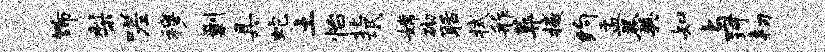
饰梨嗟穆剿具蛇土怡北氓嫦砌聒拭舴葬撼约盂羹知与珂韧